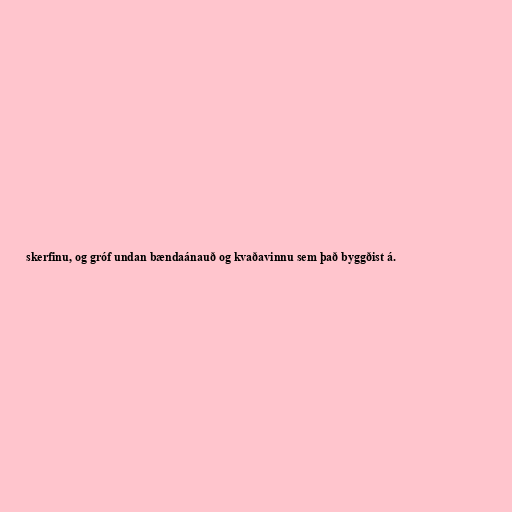
skerfinu, og gróf undan bændaánauð og kvaðavinnu sem það byggðist á.